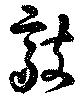
敲